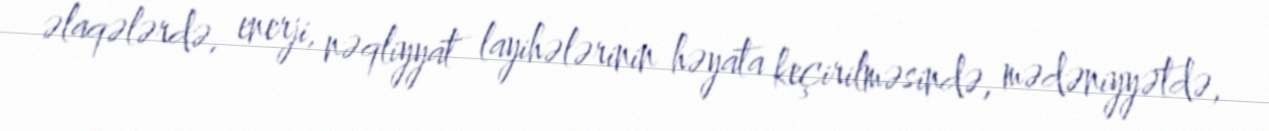
əlaqələrdə, enerji, nəqliyyat layihələrinin həyata keçirilməsində, mədəniyyətdə,